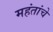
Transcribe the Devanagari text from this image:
महंतांचे